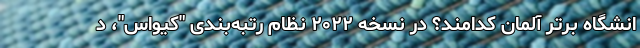
انشگاه برتر آلمان کدامند؟ در نسخه ۲۰۲۲ ‌نظام رتبه‌بندی "کیواس"، د